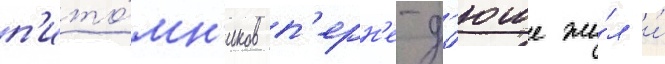
п'ито́мн'иков п'ерн'е-д'юше жи́л и́